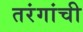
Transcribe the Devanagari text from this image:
तरंगांची